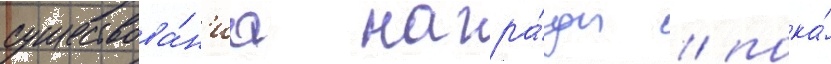
существова́н'иа награ́ды / пока́